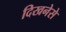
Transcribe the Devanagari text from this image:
दिखनेसे